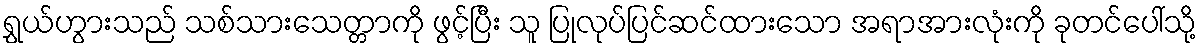
ရွှယ်ဟွားသည် သစ်သားသေတ္တာကို ဖွင့်ပြီး သူ ပြုလုပ်ပြင်ဆင်ထားသော အရာအားလုံးကို ခုတင်ပေါ်သို့